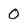
Character: 0